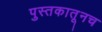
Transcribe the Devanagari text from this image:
पुस्तकातूनच